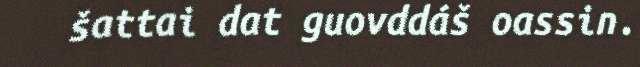
šattai dat guovddáš oassin.